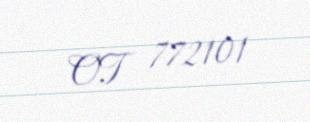
OT 772101